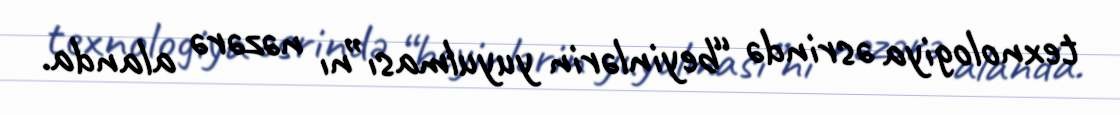
texnologiya əsrində “beyinlərin yuyulması”nı nəzərə alanda.